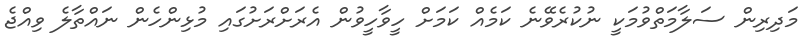
މަދިރިން ސަލާމަތްވުމަކީ ނުކުރެވޭނެ ކަމެއް ކަމަށް ހީވާހީވުން އެރަށްރަށުގައި މުޅިންހެން ނައްތާލެ ވިއްޖެ